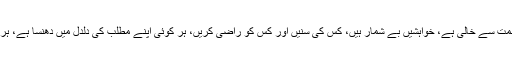
آنکھیں نیند سے روٹھ چکیں، ذہن سمت سے خالی ہے، خواہشیں بے شمار ہیں، کس کی سنیں اور کس کو راضی کریں، ہر کوئی اپنے مطلب کی دلدل میں دھنسا ہے، ہر کسی کو اپنی ہی خواہش عزیز ہے۔